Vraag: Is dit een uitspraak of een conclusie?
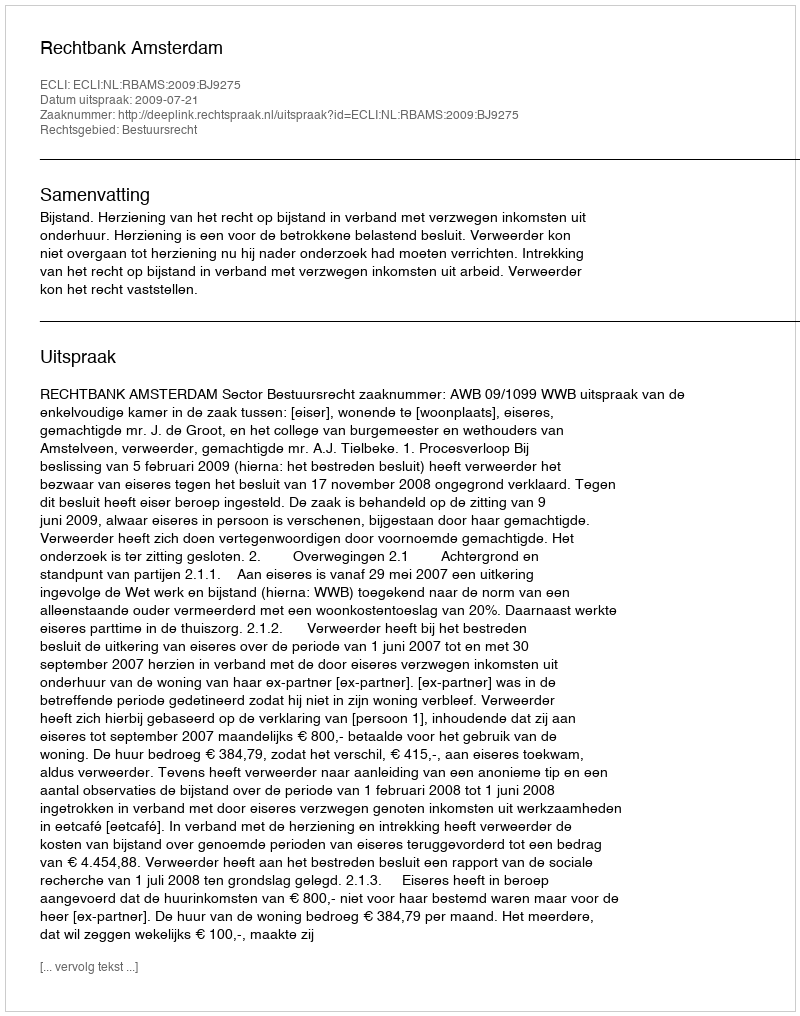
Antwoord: Uitspraak